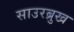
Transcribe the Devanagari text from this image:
साउरब्रुख